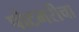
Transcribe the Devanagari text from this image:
पोटभरीचा